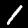
Label: 1